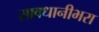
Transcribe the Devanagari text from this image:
सावधानीभरा